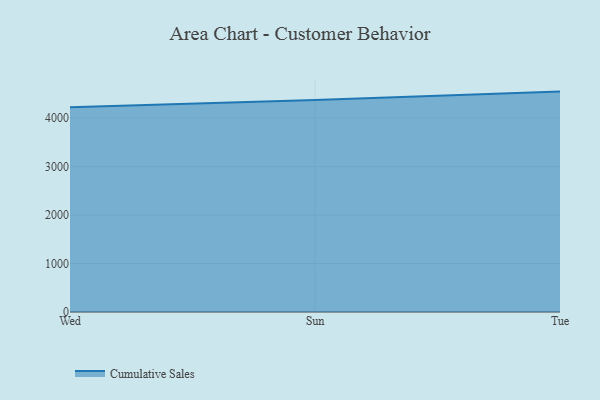
{"axis": {"x": "Day", "y": "Gross Profit (USD K)"}, "legend": ["Cumulative Sales"], "data": [{"x": "Wed", "y": 4222.8, "type": "Cumulative Sales"}, {"x": "Sun", "y": 4373.0, "type": "Cumulative Sales"}, {"x": "Tue", "y": 4546.5, "type": "Cumulative Sales"}]}